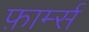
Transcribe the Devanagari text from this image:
फ़ार्म्स